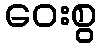
ဝေးစွ